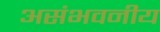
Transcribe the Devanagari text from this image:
असंभवनीय